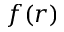
f ( r )